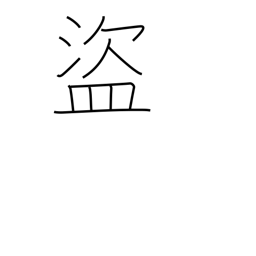
Meaning: thief